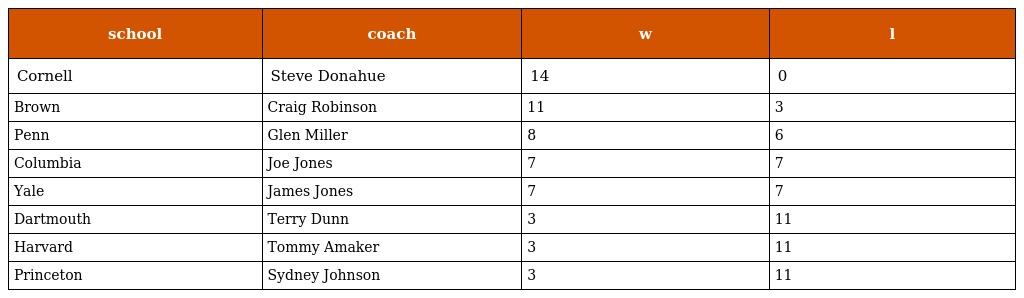
| school | coach | w | l |
 | --- | --- | --- | --- |
 | Cornell | Steve Donahue | 14 | 0 |
 | Brown | Craig Robinson | 11 | 3 |
 | Penn | Glen Miller | 8 | 6 |
 | Columbia | Joe Jones | 7 | 7 |
 | Yale | James Jones | 7 | 7 |
 | Dartmouth | Terry Dunn | 3 | 11 |
 | Harvard | Tommy Amaker | 3 | 11 |
 | Princeton | Sydney Johnson | 3 | 11 |